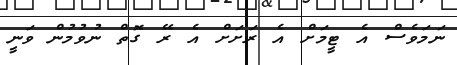
ނަމަވެސް އެ ޓީމަށް އެ ރަށަށް އެ ރޭ ގޮތް ނުވުމުން ވަނީ